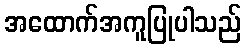
အထောက်အကူပြုပါသည်